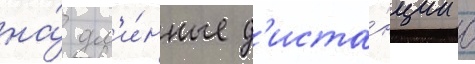
на́ дл'и́нные д'иста́нции с